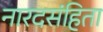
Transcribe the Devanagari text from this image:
नारदसंहिता